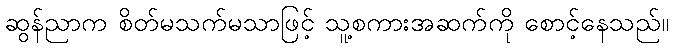
ဆွန်ညာက စိတ်မသက်မသာဖြင့် သူ့စကားအဆက်ကို စောင့်နေသည်။